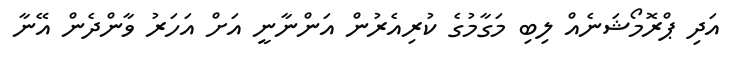
އަދި ޕްރޮމޯޝަނެއް ލިބި މަގާމުގެ ކުރިއެރުން އަންނާނީ އަށް އަހަރު ވާންދެން އޭނާ